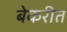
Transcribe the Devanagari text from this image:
बेकरीत